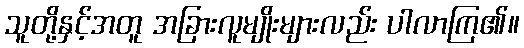
သူတို့နှင့်အတူ အခြားလူမျိုးများလည်း ပါလာကြ၏။